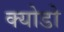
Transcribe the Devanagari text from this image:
क्योडो